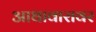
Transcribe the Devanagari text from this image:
आधावारावर